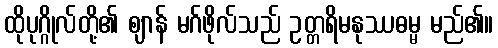
ထိုပုဂ္ဂိုလ်တို့၏ ဈာန် မဂ်ဖိုလ်သည် ဥတ္တရိမနုဿဓမ္မ မည်၏။